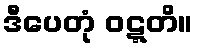
ဒီပေတုံ ဝဋ္ဋတိ။